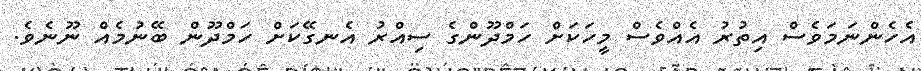
އެހެންނަމަވެސް އިތުރު އެއްވެސް މީހަކަށް ހަމްދޫންގެ ސިއްރު އެނގޭކަށް ހަމްދޫން ބޭނުމެއް ނޫނެވެ.